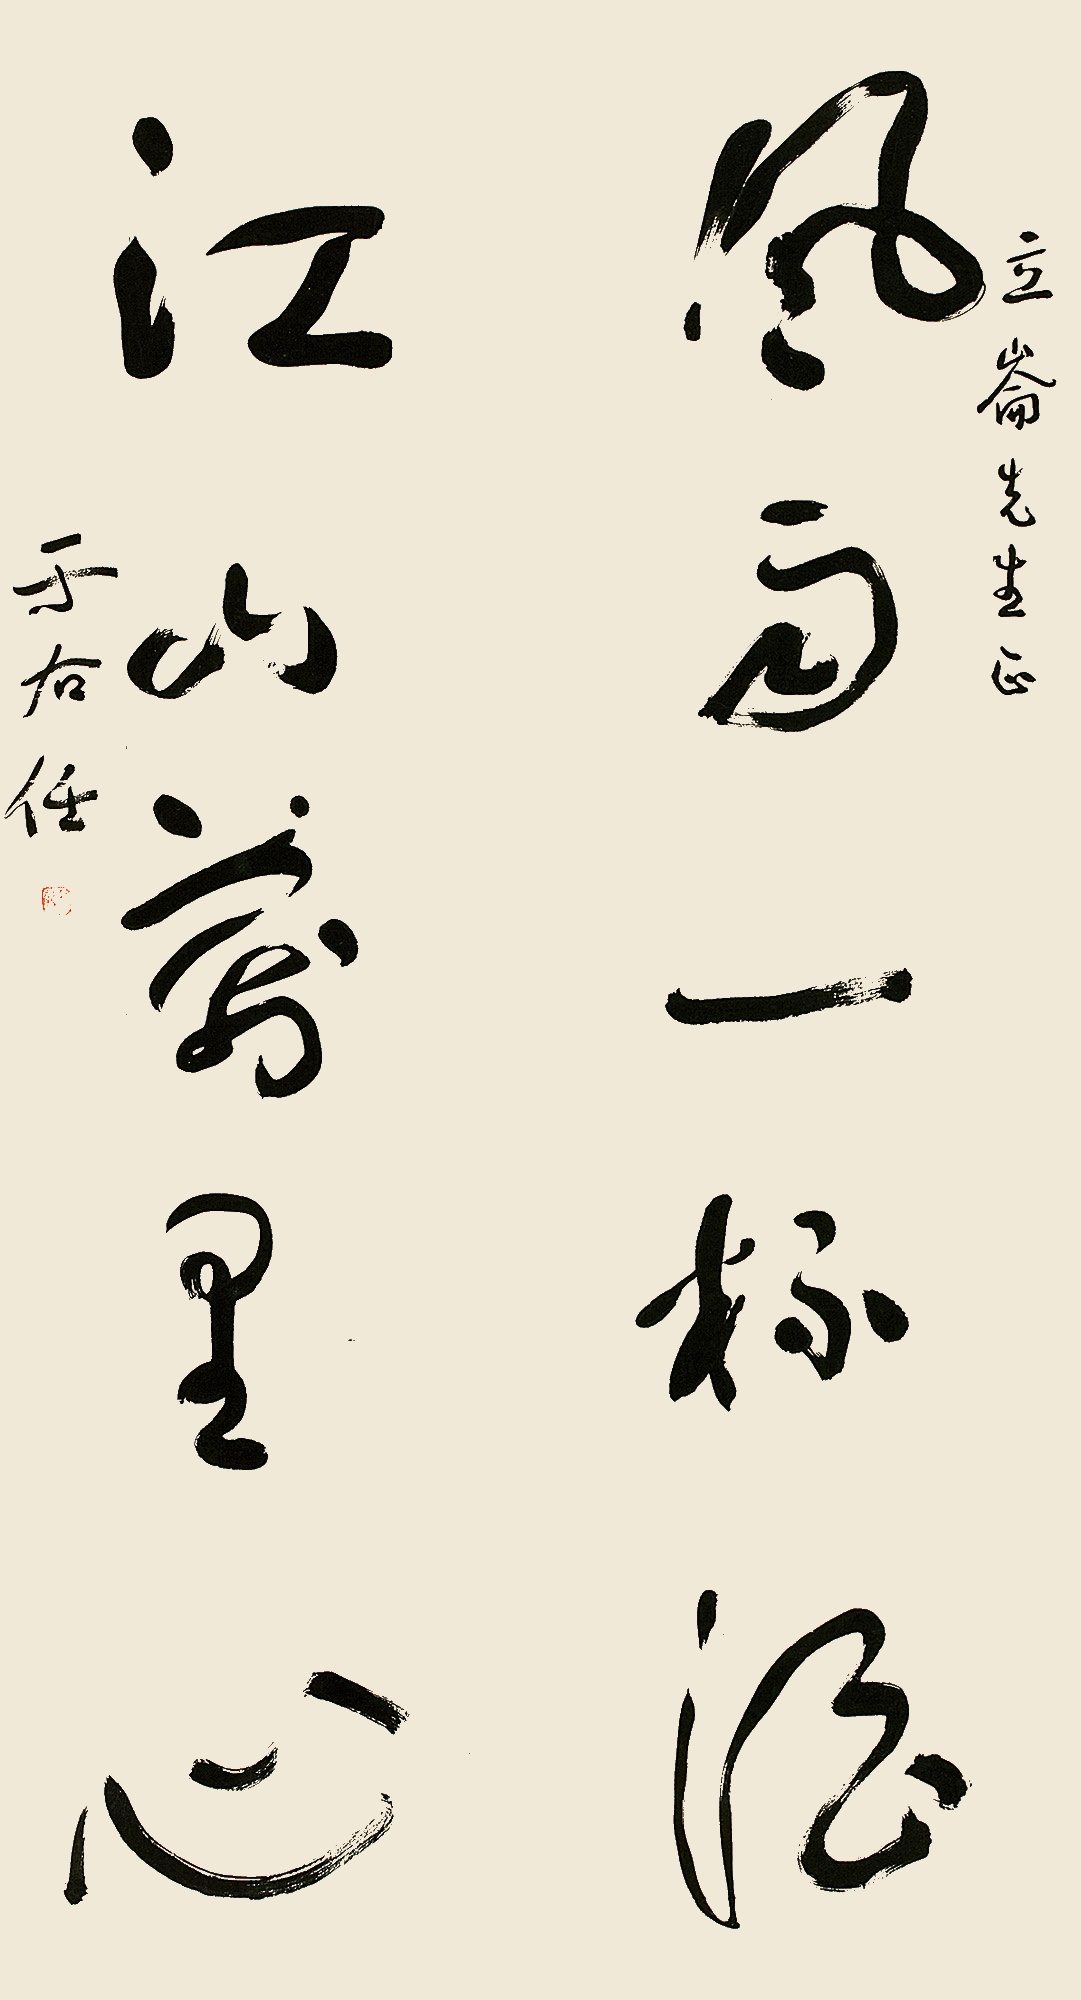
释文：风雨一杯酒，江山万里心。立伦先生正。于右任。